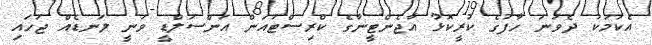
އެކަމަކު ދެވަނަ ހާފުގެ ކުރީކޮޅު އާޖެންޓީނާގެ ކްރިސްޓައަން އަންސަލްޑީ ވަނީ ލަނޑެއް ޖަހައި